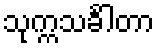
သုက္ကသင်္ခါတာ